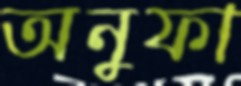
অনুফা